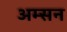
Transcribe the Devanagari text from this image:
अम्सन